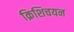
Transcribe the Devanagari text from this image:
क्रिशिचयन